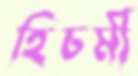
হিচমী